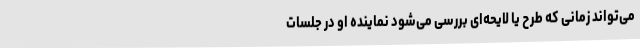
می‌تواند زمانی که طرح یا لایحه‌ای بررسی می‌شود نماینده او در جلسات